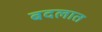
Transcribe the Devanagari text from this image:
बदलात